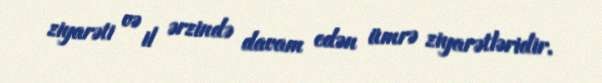
ziyarəti və il ərzində davam edən ümrə ziyarətləridir.